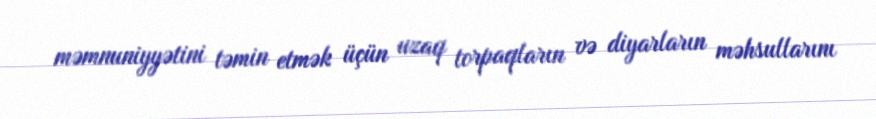
məmnuniyyətini təmin etmək üçün uzaq torpaqların və diyarların məhsullarını